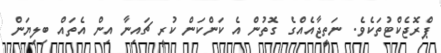
ޕްރޮޖެކްޓުތަކެވެ. ނަތީޖާއެއްގެ ގޮތުން އެ ކަންކަން ކުރީ ޗައިނާ އިން އެތައް ބިލިޔަން